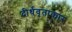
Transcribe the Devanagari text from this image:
दीर्धवृताकार